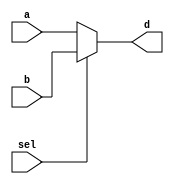
`timescale 1ns / 1ps
//////////////////////////////////////////////////////////////////////////////////
// Module Name: MUX2x1
// Group: amarnathajay_ankurlimaye
//////////////////////////////////////////////////////////////////////////////////


module MUX2x1( a, b, sel, d );

    parameter DATAWIDTH = 2;
    input [DATAWIDTH-1:0] a, b;
    input sel;
    output reg [DATAWIDTH-1:0] d;
    
    always @ ( a, b, sel ) begin
    d <= 0;
        if ( sel == 0 ) begin
            d <= a;
        end
        else if ( sel == 1 ) begin
            d <= b;
        end    
    end

endmodule